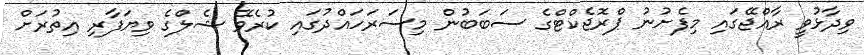
ވިދާޅުވީ ރާއްޖޭގައި މިފެށުނު ޕްރޮޖެކްޓްގެ ސަބަބުން މިސަރަހައްދުގައި ކުރެވޭ ޝެލްގެ ވިޔަފާރި އިތުރަށް